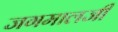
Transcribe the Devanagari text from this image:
जगमालजी